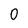
Character: 0